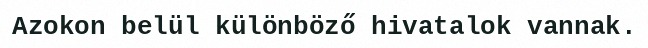
Azokon belül különböző hivatalok vannak.